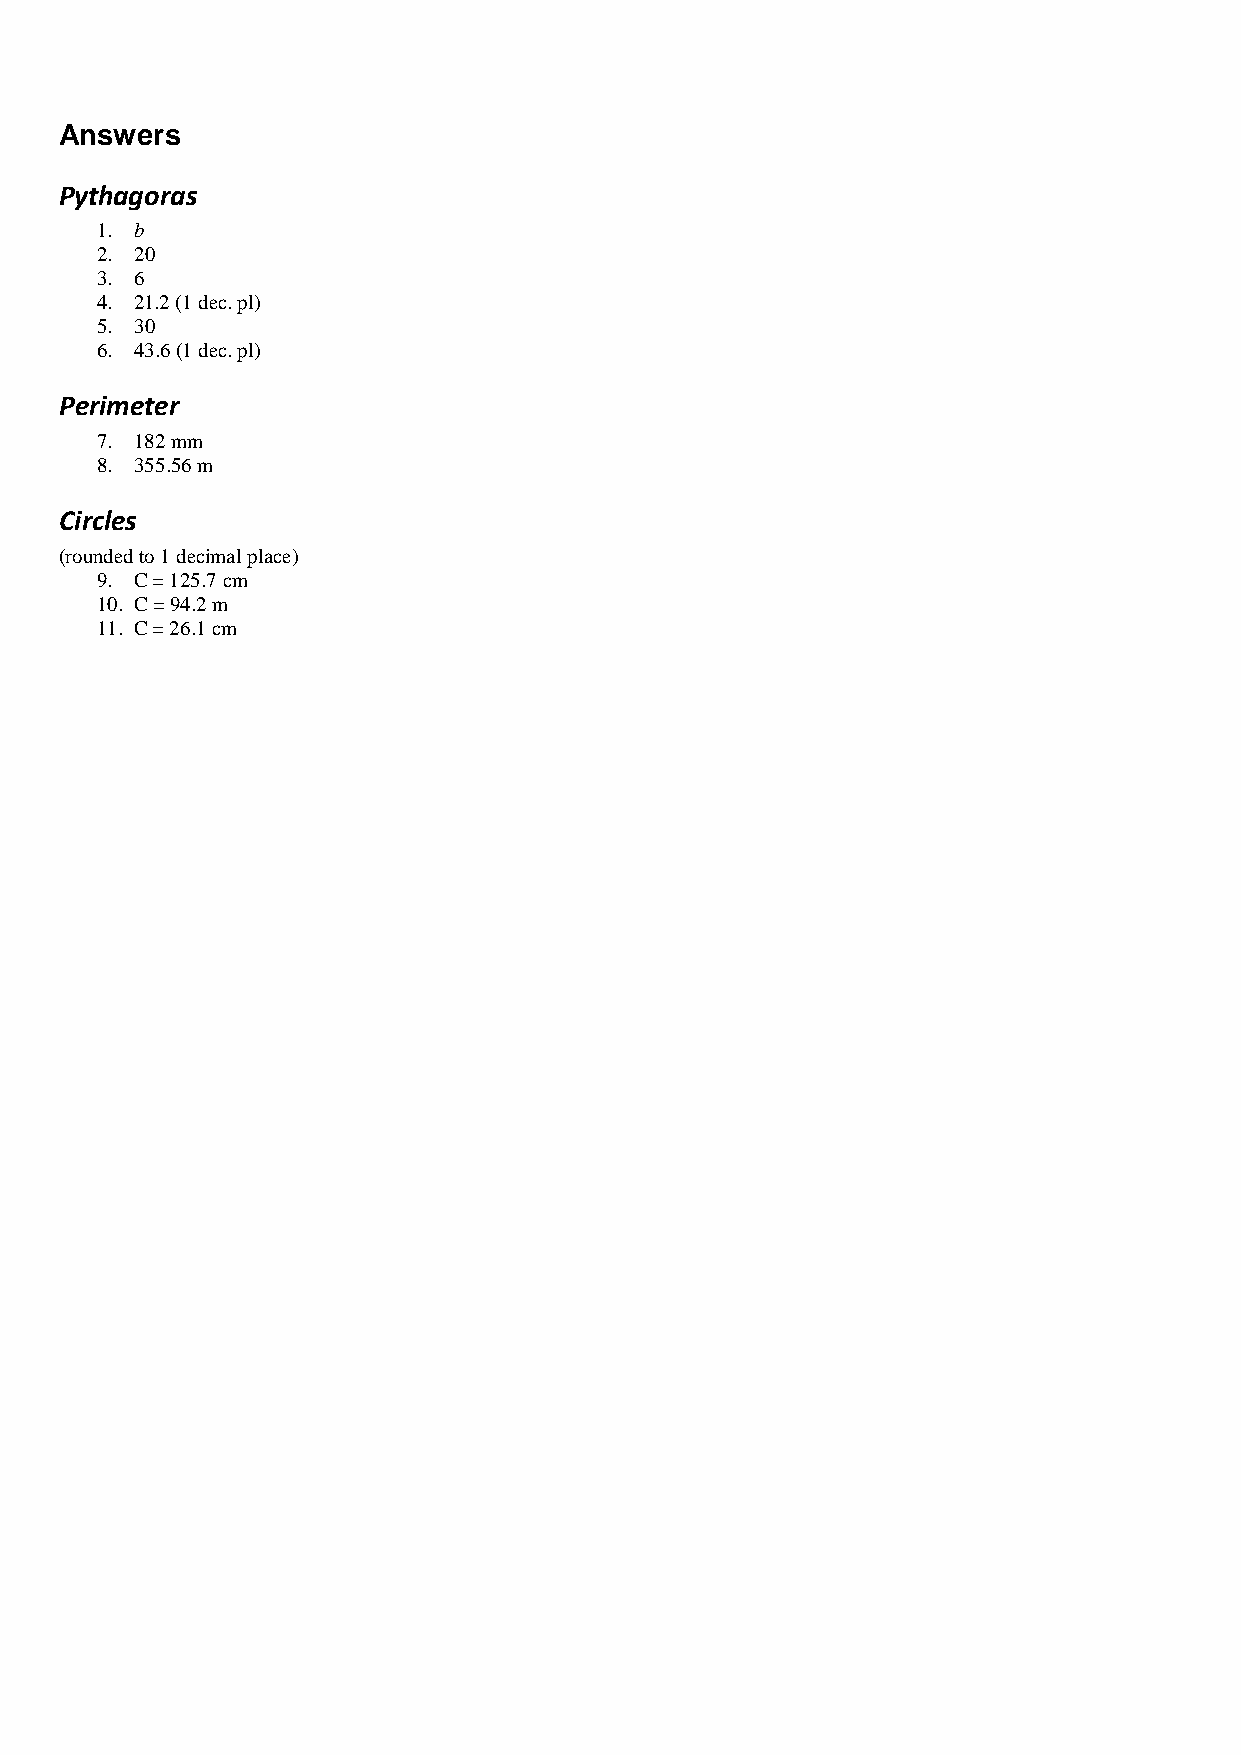
Answers
 Pythagoras
 1. b
 2. 20
 3. 6
 4. 21.2 (1 dec. pl)
 5. 30
 6. 43.6 (1 dec. pl)
 Perimeter
 7. 182 mm
 8. 355.56 m
 Circles
 (rounded to 1 decimal place)
 9. C = 125.7 cm
 10. C = 94.2 m
 11. C = 26.1 cm